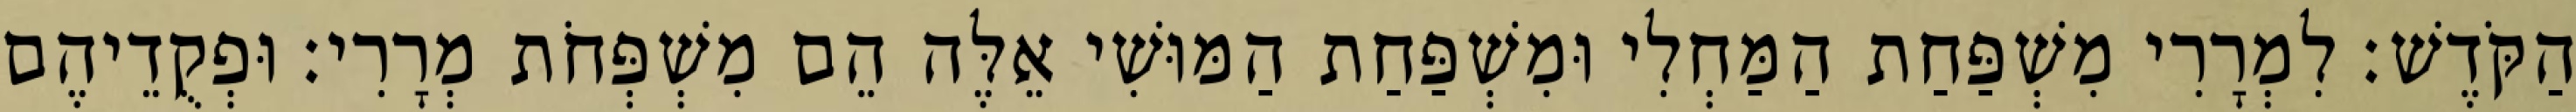
הַקֹּדֶשׁ׃ לִמְרָרִי מִשְׁפַּחַת הַמַּחְלִי וּמִשְׁפַּחַת הַמּוּשִׁי אֵלֶּה הֵם מִשְׁפְּחֹת מְרָרִי׃ וּפְקֻדֵיהֶם